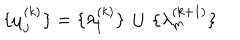
LaTeX: \lbrace \mu _ { j } ^ { ( k ) } \rbrace = \lbrace \lambda _ { l } ^ { ( k ) } \rbrace \, \cup \, \lbrace \lambda _ { m } ^ { ( k + 1 ) } \rbrace